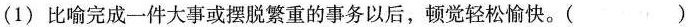
(1)比喻完成一件大事或摆脱繁重的事务以后，顿觉轻松愉快。( )